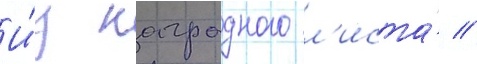
И́з наградного л'иста́ //